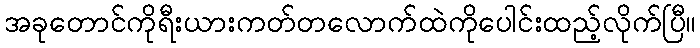
အခုတောင်ကိုရီးယားကတ်တလောက်ထဲကိုပေါင်းထည့်လိုက်ပြီ။